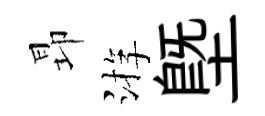
昻㳺塈